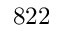
8 2 2